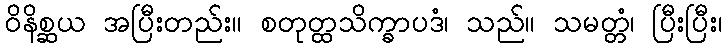
ဝိနိစ္ဆယ အပြီးတည်း။ စတုတ္ထသိက္ခာပဒံ၊ သည်။ သမတ္တံ၊ ပြီးပြီး၊